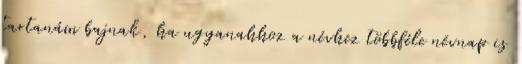
tartanám bajnak, ha ugyanahhoz a névhez többféle névnap is